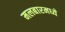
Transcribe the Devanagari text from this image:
मलबारमध्ये